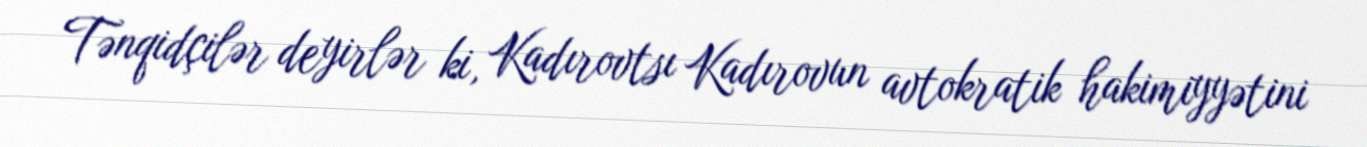
Tənqidçilər deyirlər ki, Kadırovtsı Kadırovun avtokratik hakimiyyətini